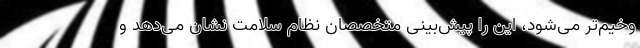
وخیم‌تر می‌شود، این را پیش‌بینی‌ متخصصان نظام سلامت نشان می‌دهد و